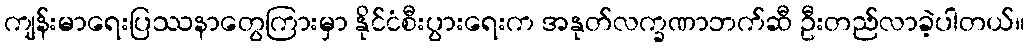
ကျန်းမာရေးပြဿနာတွေကြားမှာ နိုင်ငံစီးပွားရေးက အနုတ်လက္ခဏာဘက်ဆီ ဦးတည်လာခဲ့ပါတယ်။